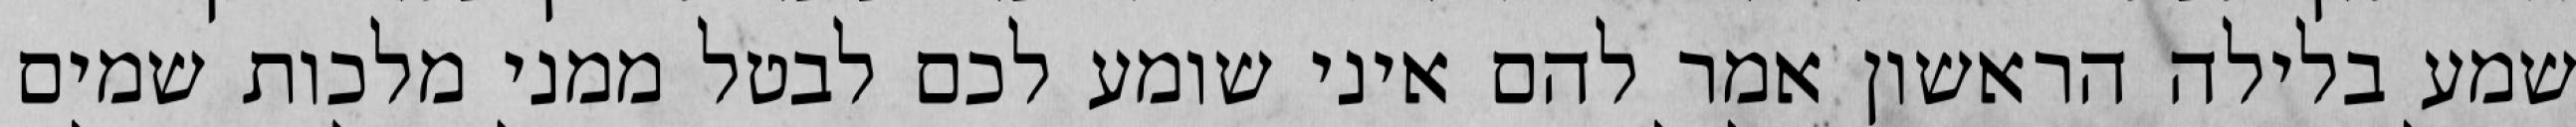
שמע בלילה הראשון אמר להם איני שומע לכם לבטל ממני מלכות שמים